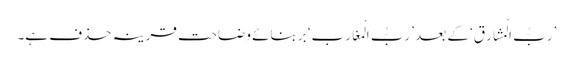
’رَبُّ الْمَشَارِقِ‘ کے بعد ’رَبُّ الْمَغَارِب‘ بربنائے وضاحت قرینہ حذف ہے۔